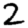
Digit: 2